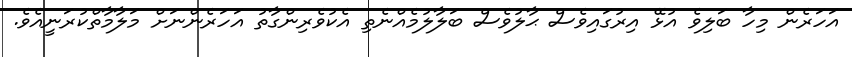
އަހަރެން މިހާ ބަލިވެ އުޅޭ އިރުގައިވެސް ޙާލުވެސް ބަލާލުމެއްނެތި އެކުވެރިންގާތު އަހަރެންނަށް މަލާމާތްކުރަނީއެވެ.